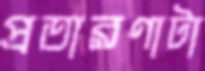
প্রতারণাটা